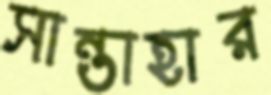
সান্তাহার